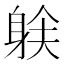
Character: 𲄟